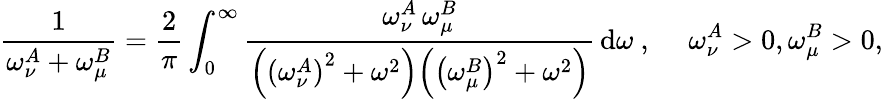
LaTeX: \frac{1}{\omega_{\nu}^{A}+\omega_{\mu}^{B}}=\frac{2}{\pi}\int_{0}^{\infty}\frac{\omega_{\nu}^{A}\, \omega_{\mu}^{B}}{\Big(\left(\omega_{\nu}^{A}\right)^{2}+\omega^{2}\Big)\Big(\left(\omega_{\mu}^{B}\right)^{2}+\omega^{2}\Big)}\, \mathrm{d}\omega\ ,\ \ \ \ \ \omega_{\nu}^{A}>0,\omega_{\mu}^{B}>0,